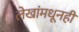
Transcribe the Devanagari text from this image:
लेखांमधूनही